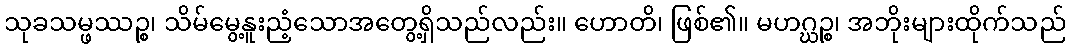
သုခသမ္ဖဿဉ္စ၊ သိမ်မွေ့နူးညံ့သောအတွေ့ရှိသည်လည်း။ ဟောတိ၊ ဖြစ်၏။ မဟဂ္ဃဉ္စ၊ အဘိုးများထိုက်သည်